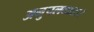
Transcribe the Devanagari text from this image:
अनुपलब्धता।